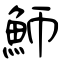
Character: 魳